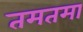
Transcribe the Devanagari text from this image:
तमतमा